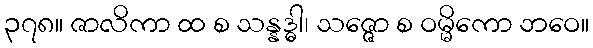
၃၇၈။ ဇာလိကာ ထ စ သန္နဒ္ဓါ၊ သဇ္ဇော စ ဝမ္မိကော ဘဝေ။